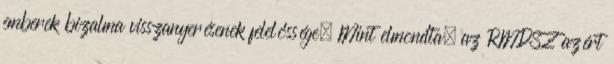
emberek bizalma visszanyerésenek felelőssége. Mint elmondta, az RMDSZ azért